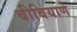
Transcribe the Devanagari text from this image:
बीबियाणे